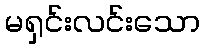
မရှင်းလင်းသော